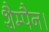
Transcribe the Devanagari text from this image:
शैम्पैन।